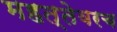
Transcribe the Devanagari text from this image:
महत्तेवरच